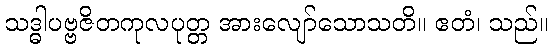
သဒ္ဓါပဗ္ဗဇိတကုလပုတ္တ အားလျော်သောသတိ။ ဧတံ၊ သည်။